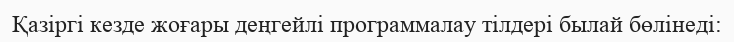
Қазіргі кезде жоғары деңгейлі программалау тілдері былай бөлінеді: